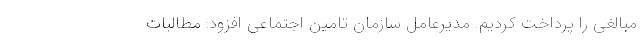
مبالغی را پرداخت کردیم. مدیرعامل سازمان تامین اجتماعی افزود: مطالبات